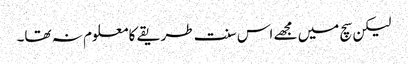
لیکن سچ میں مجھے اس سنت طریقے کا معلوم نہ تھا۔